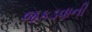
જકડવાની